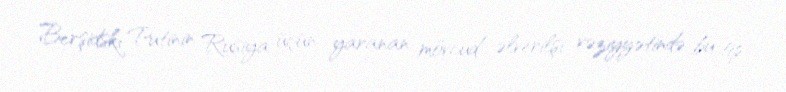
Berşidski Putinin Rusiya üçün yaranan mövcud əlverilşi vəziyyətində bu tip